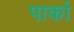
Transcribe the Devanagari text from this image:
पार्का